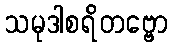
သမုဒါစရိတဗ္ဗော